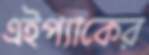
এইপ্যাকের